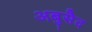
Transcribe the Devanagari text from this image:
अबुसैद